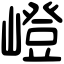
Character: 嶝